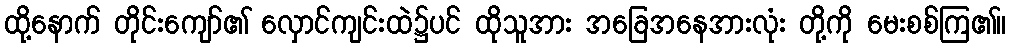
ထို့နောက် တိုင်းကျော်၏ လှောင်ကျင်းထဲ၌ပင် ထိုသူအား အခြေအနေအားလုံး တို့ကို မေးစစ်ကြ၏။